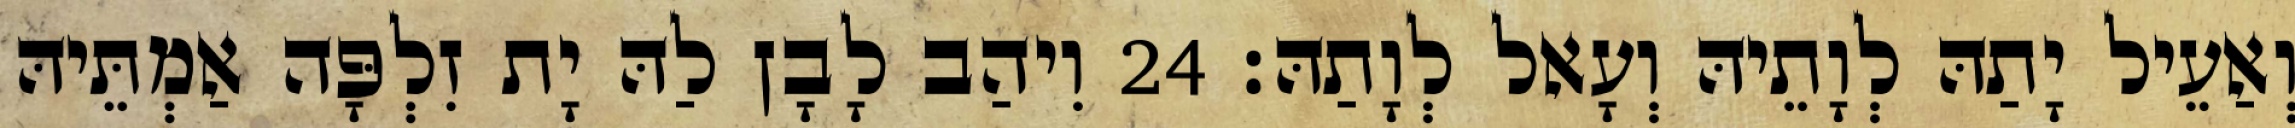
וְאַעֵיל יָתַהּ לְוָתֵיהּ וְעָאל לְוָתַהּ׃ 24 וִיהַב לָבָן לַהּ יָת זִלְפָּה אַמְתֵּיהּ